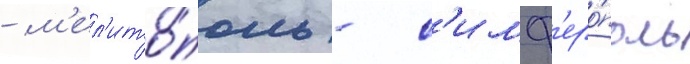
- м'ел'ито́поль - с'имф'еро́поль